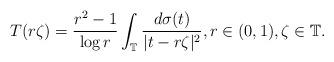
LaTeX: \begin{align*}T(r\zeta)=\frac{r^{2}-1}{\log r}\int_{\mathbb{T}}\frac{d\sigma(t)}{|t-r\zeta|^{2}},r\in(0,1),\zeta\in\mathbb{T}.\end{align*}